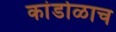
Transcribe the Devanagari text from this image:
कांडोळाच